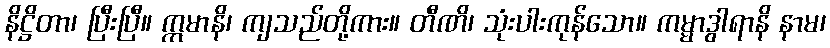
နိဋ္ဌိတာ၊ ပြီးပြီ။ ဣမာနိ၊ ကျသည်တို့ကား။ တီဏိ၊ သုံးပါးကုန်သော။ ကမ္မာဒွါရာနိ နာမ၊